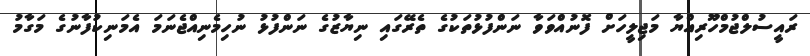
ރައީސުލްޖުމްހޫރިއްޔާ މަޖިލީހަށް ފޮނުއްވަވާ ނަންފުޅުތަކުގެ ތެރޭގައި ނިޔާޒުގެ ނަންފުޅު ނުހިމެނިއްޖެނަމަ އެމަނިކުފާނުގެ މަގާމު